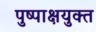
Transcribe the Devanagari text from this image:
पुष्पाक्षयुक्त